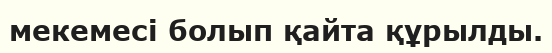
мекемесі болып қайта құрылды.